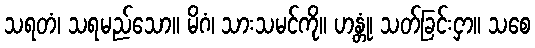
သရတံ၊ သရမည်သော။ မိဂံ၊ သားသမင်ကို။ ဟန္တုံ၊ သတ်ခြင်းငှာ။ သစေ